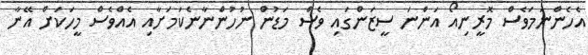
އެހެންނަމަވެސް މޮރީނިއޯ އަންނަ ސީޒަންގައި ވެސް މަޑުން ނުހުންނާނެކަމަށާއި އެއްވެސް މީހަކަށް އޭނާ